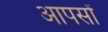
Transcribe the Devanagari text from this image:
आपसों